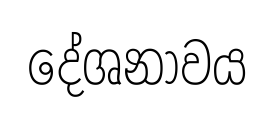
දේශනාවය